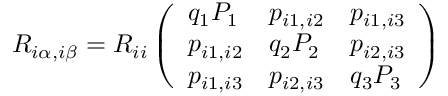
R _ { i \alpha , i \beta } = R _ { i i } \left( \begin{array} { l l l } { q _ { 1 } P _ { 1 } } & { p _ { i 1 , i 2 } } & { p _ { i 1 , i 3 } } \\ { p _ { i 1 , i 2 } } & { q _ { 2 } P _ { 2 } } & { p _ { i 2 , i 3 } } \\ { p _ { i 1 , i 3 } } & { p _ { i 2 , i 3 } } & { q _ { 3 } P _ { 3 } } \end{array} \right)